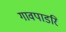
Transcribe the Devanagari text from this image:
गावपाडरि